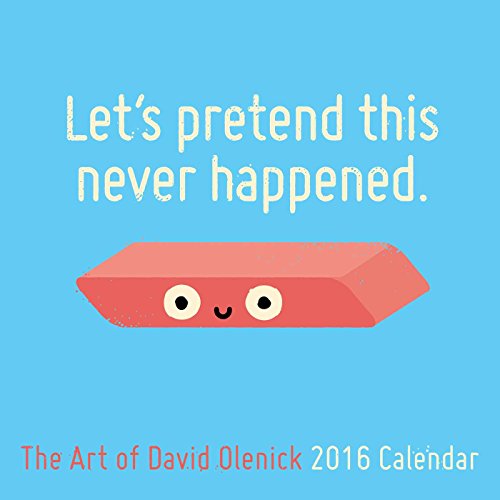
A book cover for Let's Pretend This Never Happened: The Art of David Olenick 2016 Wall Calendar; David Olenick; Calendars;